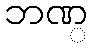
ဘဏ္